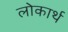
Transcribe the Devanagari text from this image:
लोकार्थ